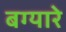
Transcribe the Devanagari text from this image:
बग्यारे